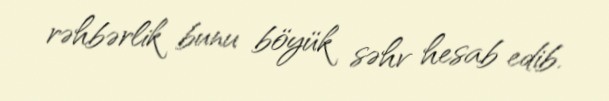
rəhbərlik bunu böyük səhv hesab edib.